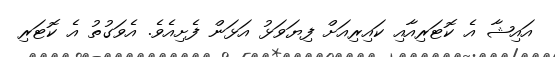
އައިޝާ އެ ކޮޓަރިއާއި ކައިރިއަށް ފިޔަވަޅު އަޅަން ފެށިއެވެ. އެވަގުތު އެ ކޮޓަރި